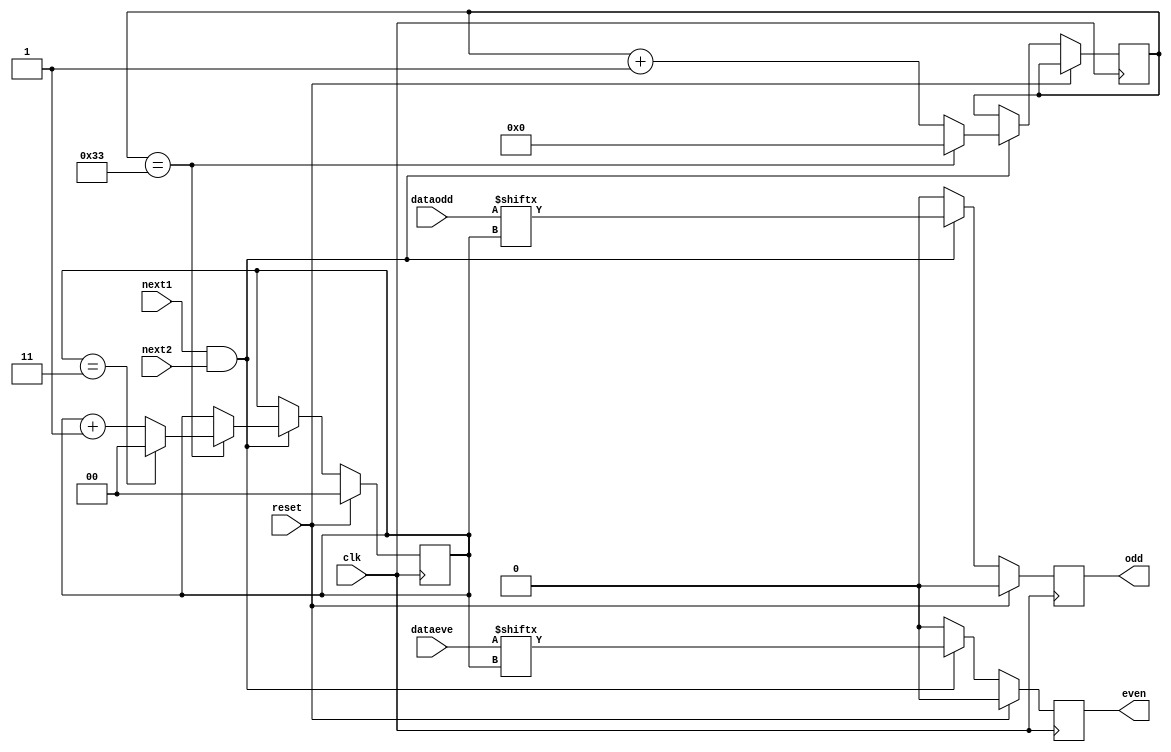
`timescale 1ns / 1ps
//////////////////////////////////////////////////////////////////////////////////
// Company: 
// Engineer: 
// 
// Design Name: 
// Module Name: Synchronizer
// Project Name: 
// Target Devices: 
// Tool Versions: 
// Description: 
// 
// Dependencies: 
// 
// Revision:
// Revision 0.01 - File Created
// Additional Comments:
// 
//////////////////////////////////////////////////////////////////////////////////


module Synchronizer(
    input [3:0]dataeve,
    input [3:0]dataodd,
    input clk,reset,next1,next2,
    output reg even,
    output reg odd
    );
    reg [1:0] i;
    reg [7:0]count=8'h00;
    always @(posedge clk)
    begin
        if(!reset)
        begin
            if(next1 && next2)
            begin
                even<=dataeve[i];
                odd<=dataodd[i];
                count<=count+1'b1;
                if (count==51)
                begin
                    i<=i+1;
                    count<=0;
                    if(i==3) i<=0;
                end
            end
            else
            begin
                even<=1'b0;
                odd<=1'b0;
            end
        end
        else
        begin
            even<=0;
            odd<=0;
            i<=0;
        end
    end
endmodule